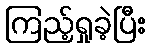
ကြည့်ရှုခဲ့ပြီး